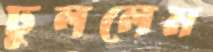
ঢুললেম